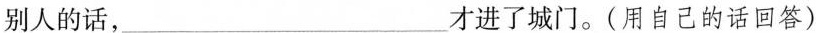
别人的话，_____才进了城门。(用自己的话回答)